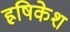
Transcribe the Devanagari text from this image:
ह्रषिकेश